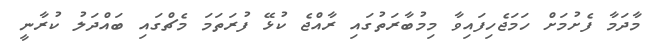
މާދަމާ ފެށުމަށް ހަމަޖެހިފައިވާ މިމުބާރަތުގައި ރާއްޖެ ކުޅޭ ފުރަތަމަ މެޗްގައި ބައްދަލު ކުރާނީ